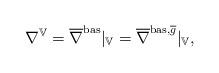
LaTeX: \begin{align*} \nabla^{\mathbb{V}}=\overline{\nabla}^{\mathrm{bas}}|_{\mathbb{V}} = \overline{\nabla}^{\mathrm{bas},\overline{g}}|_{\mathbb{V}}, \end{align*}